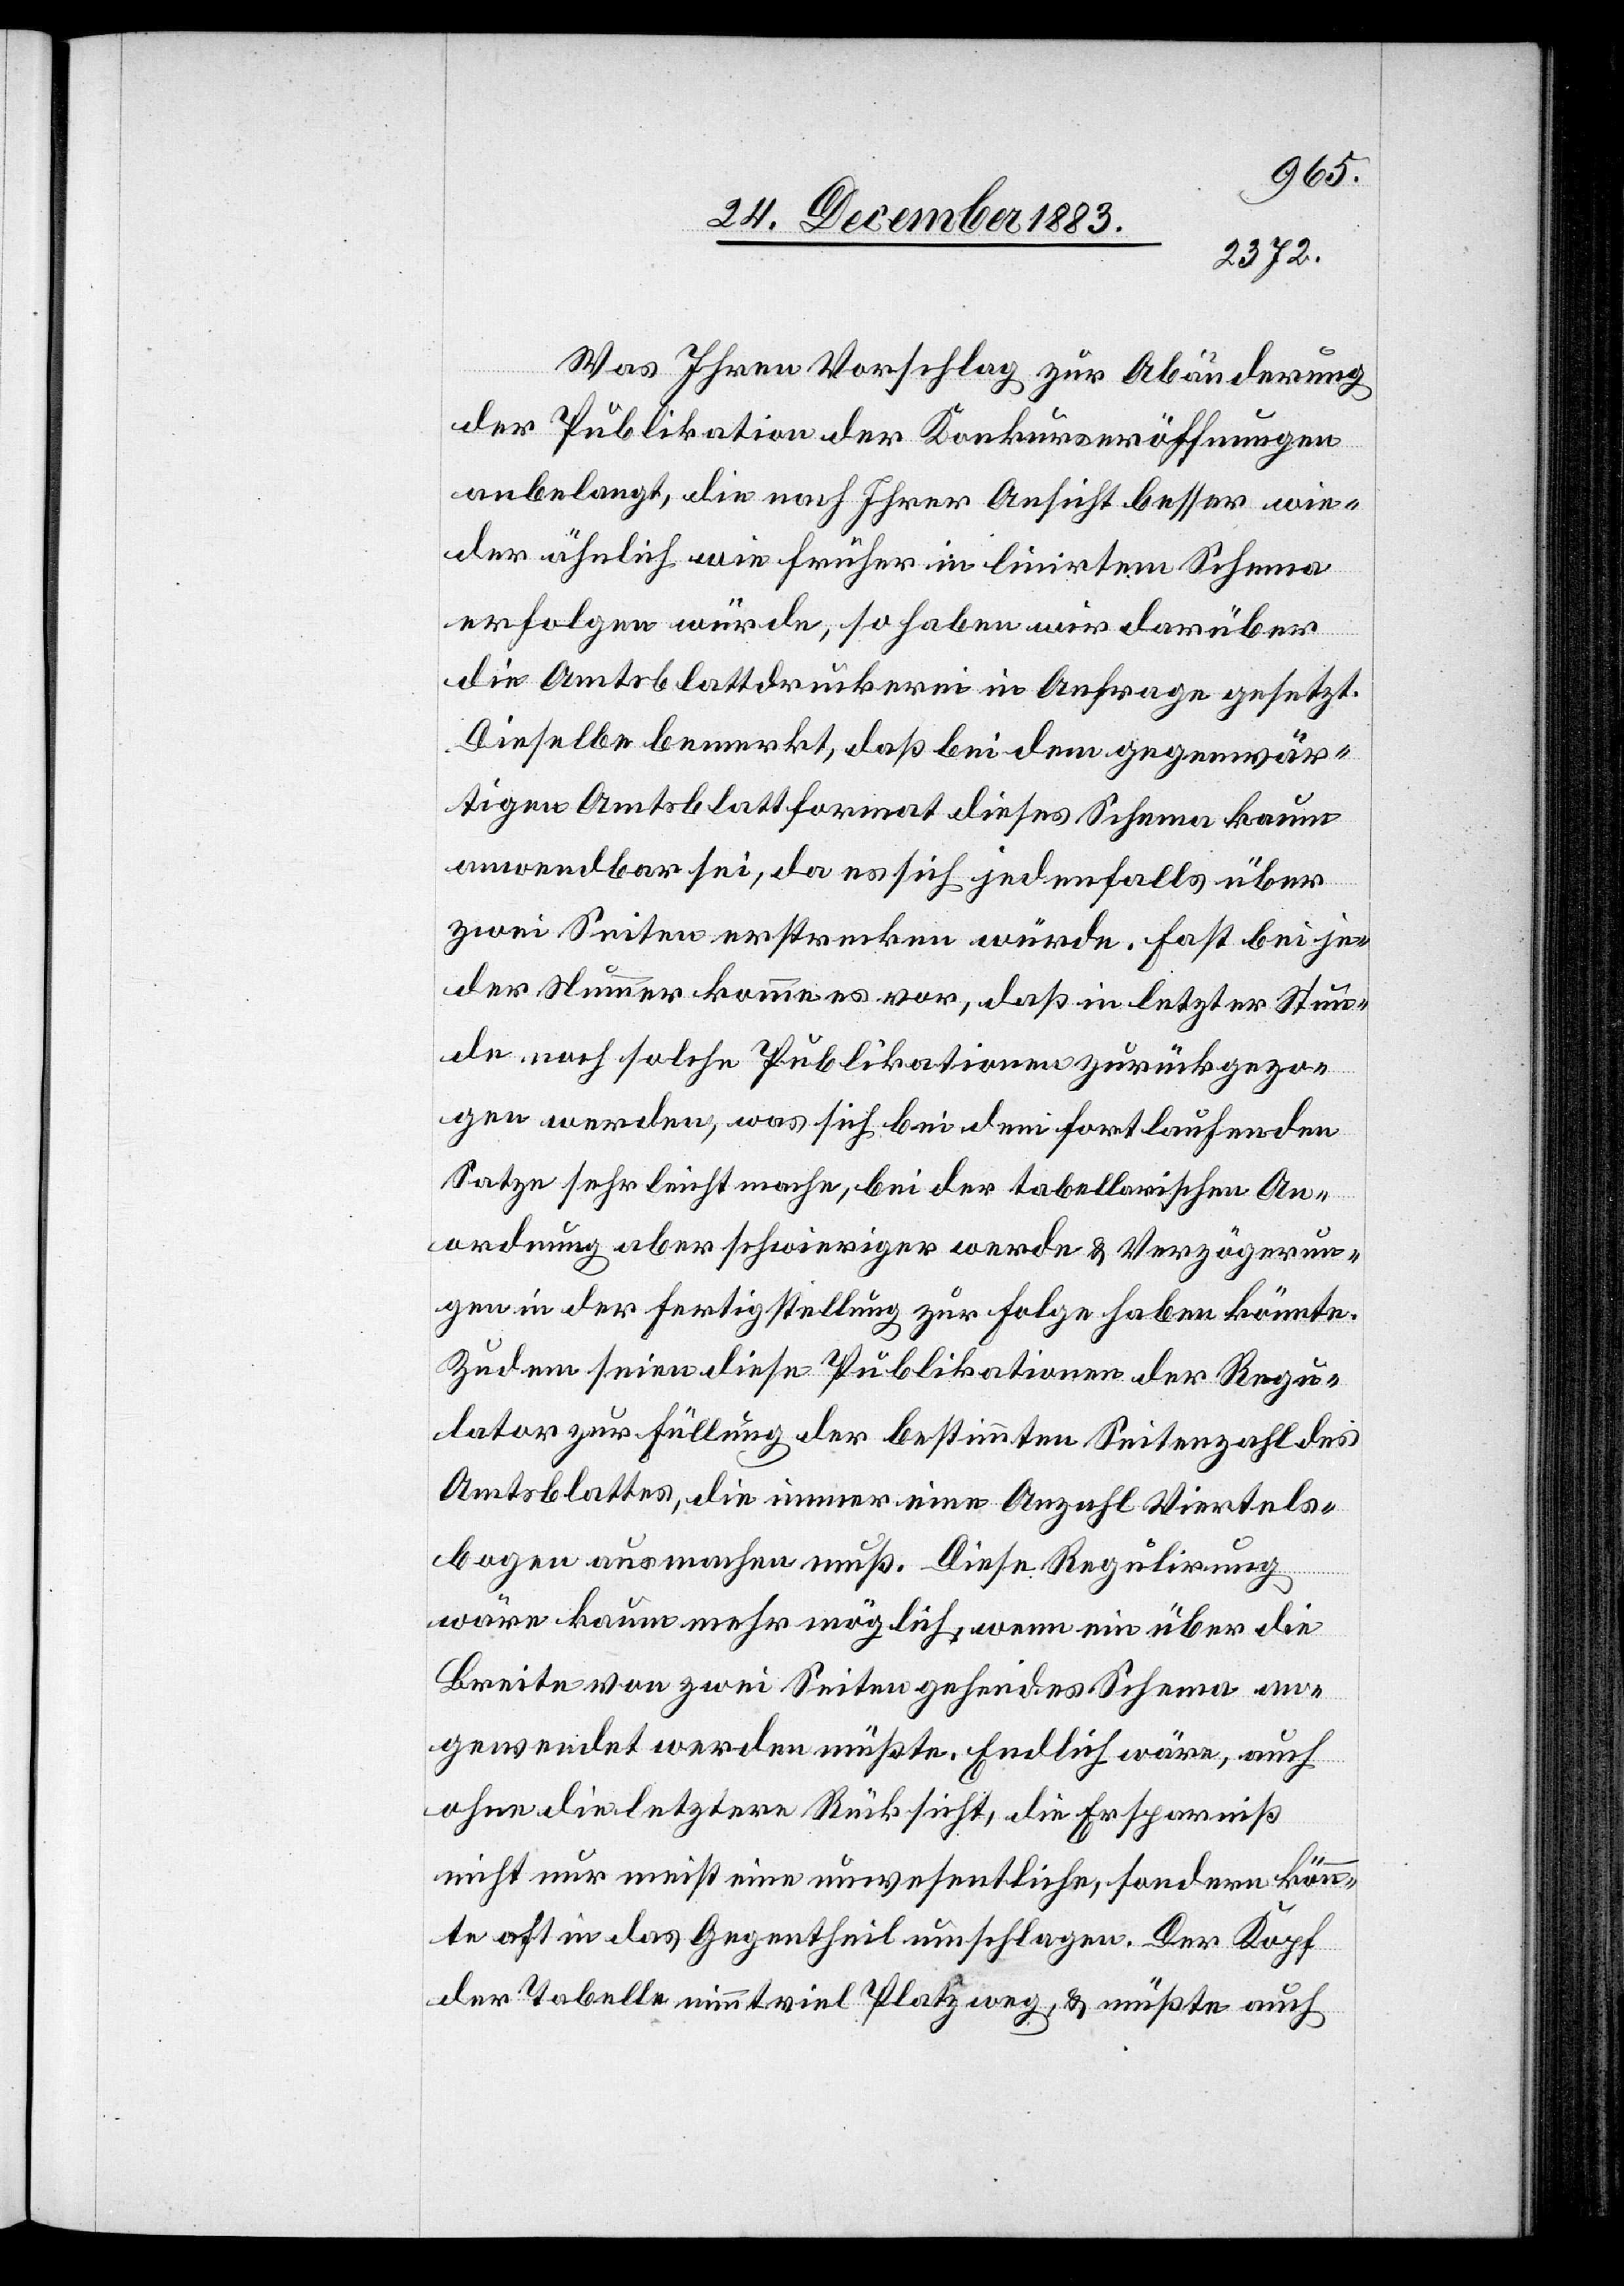
Was Ihren Vorschlag zur Abänderung
der Publikation der Konkurseröffnungen
anbelangt, die nach Ihrer Ansicht besser wie¬
der ähnlich wie früher in linirtem Schema
erfolgen würde, so haben wir darüber
die Amtsblattdruckerei in Anfrage gesetzt.
Dieselbe bemerkt, daß bei dem gegenwär¬
tigen Amtsblattformat dieses Schema kaum
anwendbar sei, da es sich jedenfalls über
zwei Seiten erstrecken würde. Fast bei je¬
der Nummer komme es vor, daß in letzter Stun¬
de noch solche Publikationen zurückgezo¬
gen werden, was sich bei dem fortlaufenden
Satze sehr leicht mache, bei der tabellarischen An¬
ordnung aber schwieriger werde & Verzögerun¬
gen in der Fertigstellung zu Folge haben könnte.
Zudem seien diese Publikationen der Regu¬
lator zur Füllung der bestimmten Seitenzahl des
Amtsblattes, die immer eine Anzahl Viertels¬
bogen ausmachen muß. Diese Regulirung
wäre kaum mehr möglich, wenn ein über die
Breite von zwei Seiten gehendes Schema an¬
gewendet werden müßte. Endlich wäre, auch
ohne die letztere Rücksicht, die Ersparniß
nicht nur meist eine unwesentliche, sondern könn¬
te oft in das Gegentheil umschlagen. Der Kopf
der Tabelle nimmt viel Platz weg, & müßte auch